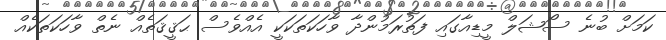
ކަމަށް ބުނެ ސޯޝަލް މީޑިއާގައި ފަތުރަމުންދާ ވާހަކަތަކަކީ އެއްވެސް ޙަޤީޤަތެއް ނެތް ވާހަކަތަކެއް